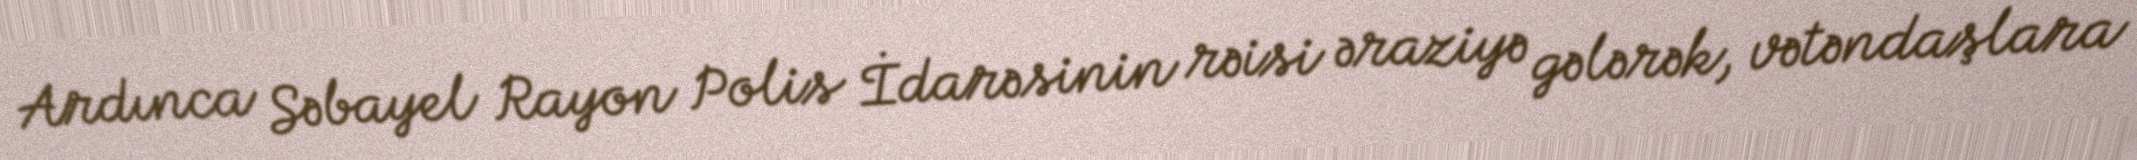
Ardınca Səbayel Rayon Polis İdarəsinin rəisi əraziyə gələrək, vətəndaşlara